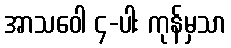
အာသဝေါ ၄-ပါး ကုန်မှသာ